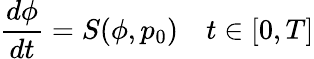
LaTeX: \frac{d\phi}{dt}=S(\phi,p_{0})\quad t\in[0,T]